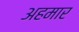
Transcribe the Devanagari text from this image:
अहमार